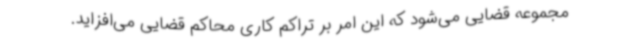
مجموعه قضایی می‌شود که این امر بر تراکم کاری محاکم قضایی می‌افزاید.